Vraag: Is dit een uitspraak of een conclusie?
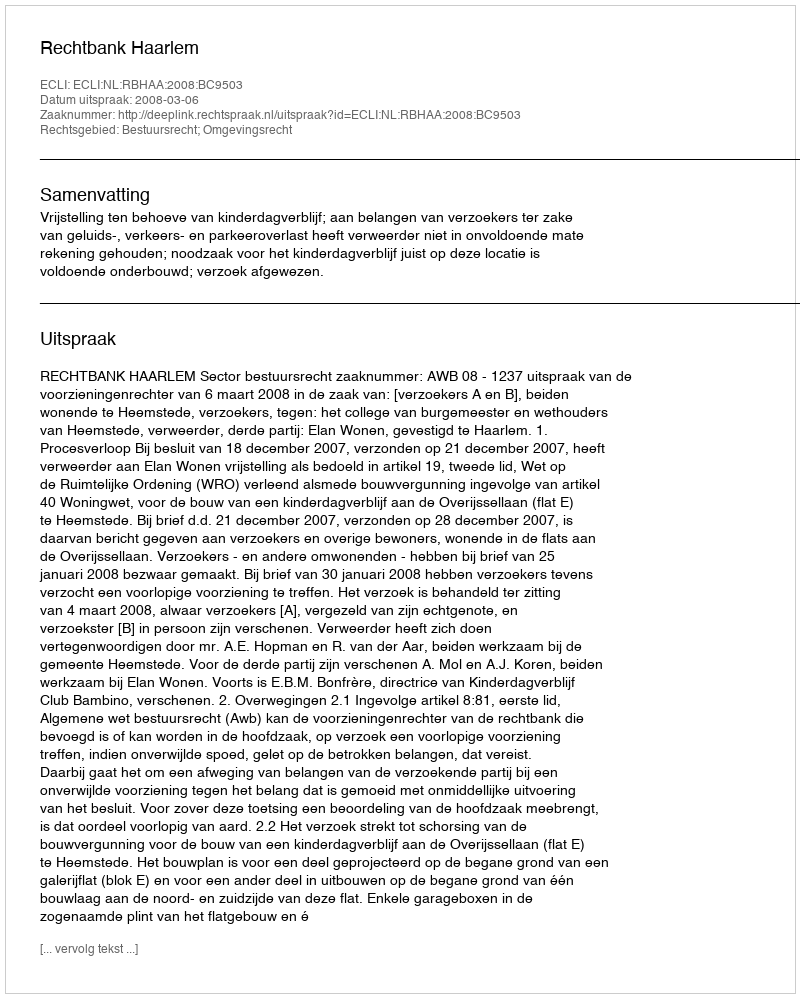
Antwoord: Uitspraak